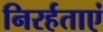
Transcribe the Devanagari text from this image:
निरर्हताएं